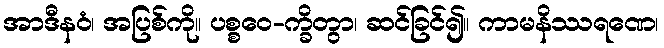
အာဒီနဝံ၊ အပြစ်ကို။ ပစ္စဝေ-က္ခိတွာ၊ ဆင်ခြင်၍။ ကာမနိဿရဏေ၊